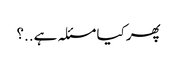
پھر کیا مسئلہ ہے..؟